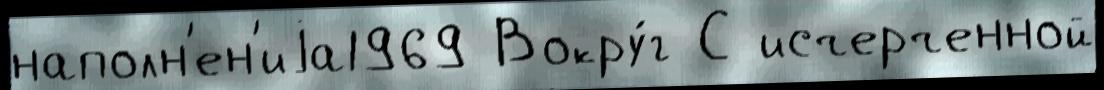
наполн'ен'иjа1969 Вокру́г С исчерченной